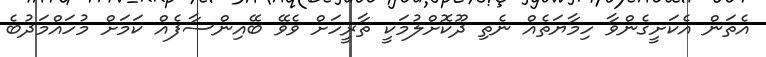
އެތަން އެކަށީގެންވާ ހިމާޔަތެއް ނެތި ދޫކޮށްލުމަކީ ތާރީހަށް ވެވޭ ބޭއިންސާފެއް ކަމަށް މުހައްމަދުބެ